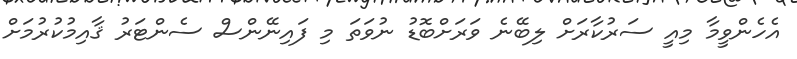
އެހެންވީމާ މިއީ ސަރުކާރަށް ލިބޭނެ ވަރަށްބޮޑު ނުވަތަ މި ފައިނޭންސް ސެންޓަރު ޤާއިމުކުރުމަށް